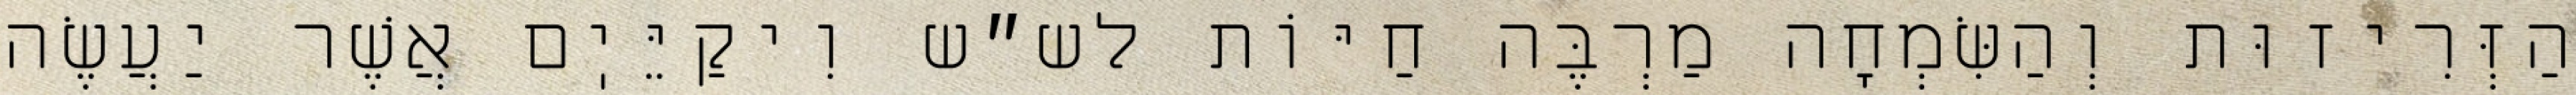
הַזְּרִיזוּת וְהַשִּׂמְחָה מַרְבֶּה חַיּוֹת לש״ש וִיקַיֵּיֽם אֲשֶׁר יַעֲשֶׂה